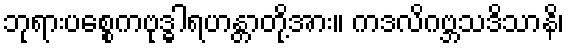
ဘုရားပစ္စေကဗုဒ္ဓါရဟန္တာတို့အား။ ကဒလိဂဗ္ဘသဒိသာနိ၊